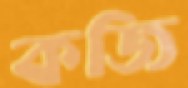
কজি